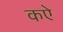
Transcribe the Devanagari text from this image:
कऐ